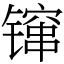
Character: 镩